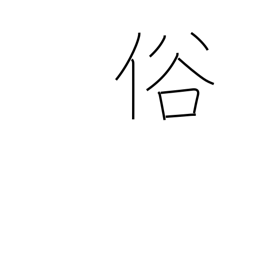
Meaning: manners